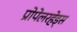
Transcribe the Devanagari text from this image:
प्रोपेलरहेड्स